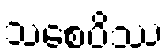
သစေပိဿ